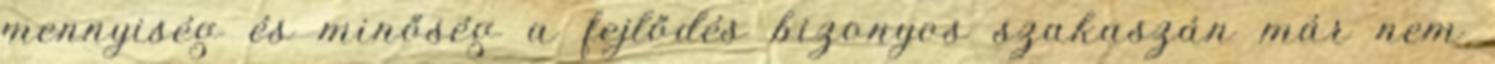
mennyiség és minőség a fejlődés bizonyos szakaszán már nem